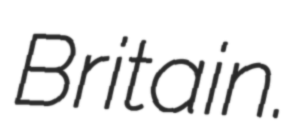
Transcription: Britain.